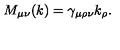
M _ { \mu \nu } ( k ) = \gamma _ { \mu \rho \nu } k _ { \rho } .